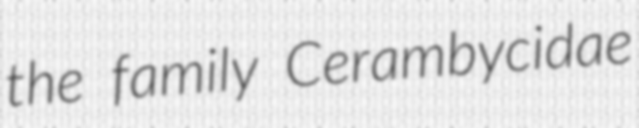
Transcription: the family Cerambycidae